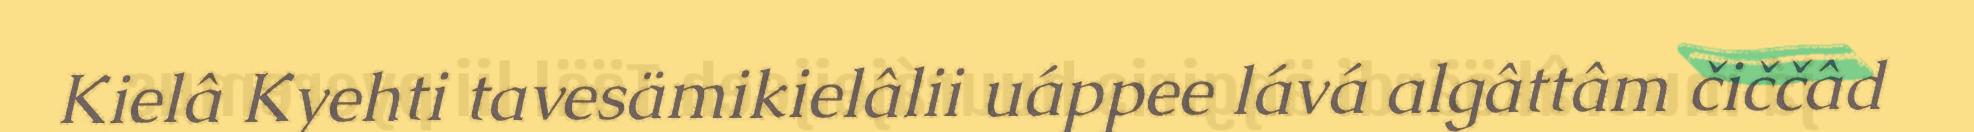
Kielâ Kyehti tavesämikielâlii uáppee lává algâttâm čiččâd